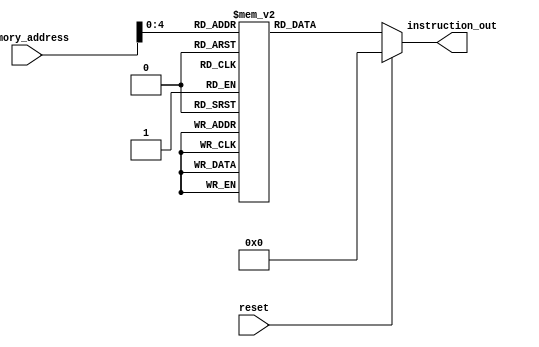
module Instruction_memory #(parameter N=32)(reset,memory_address,instruction_out);
input reset;
input[N-1:0] memory_address;
output reg [N-1:0] instruction_out;

reg [N-1:0] instruction_memory [0:N-1];

 (* RAM_STYLE="BLOCK " *)

 initial begin
    // R-type Instructions
	   //  instruction_memory[0] = 32'b000100_01011_01011_0000000001000010;    // BEQ $t12, $t11, offset
  
	 //instruction_memory[0] = 32'b100011_01001_01000_0000000000000100;    // LW $t8, 4($t9)
   // instruction_memory[1] = 32'b100011_01000_01001_0000000000001000;
    instruction_memory[0] = 32'b000000_01001_01110_01100_00000_100000;  // ADD $t12, $t9, $t14
    instruction_memory[1] = 32'b000000_01100_01111_01101_00000_100010;  // SUB $t13, $t12, $t15
    instruction_memory[2] = 32'b000000_01101_01101_01110_00000_100100;  // MUL $t14, $t13, $t13
    instruction_memory[3] = 32'b000000_01110_01100_01011_00000_100101;  // XOR $t11, $t14, $t12
    instruction_memory[4] = 32'b000000_01010_01101_01111_00000_101010;  // SLT $t15, $t10, $t13
	 //floating point instruction
	 instruction_memory[5] = 32'b010001_01001_00000_00001_00011_100000;  // ADD.s $t3, $t0, $t1
	 instruction_memory[6] = 32'b010001_00010_00000_01001_00111_100010;  // SUB.s $t7, $t2, $t9
	 instruction_memory[7] = 32'b010001_01101_01101_01110_00000_100100;  // MUL.s $t14, $t13, $t13
    // Load Word Instructions
    instruction_memory[8] = 32'b100011_01101_01000_0000000000000100;    // LW $t8, 4($t13)
    instruction_memory[9] = 32'b100011_01100_01001_0000000000001000;    // LW $t9, 8($t12)

    // Store Word Instructions
    instruction_memory[10] = 32'b101011_01011_01010_0000000000001100;    // SW $t10, 12($t11)
    instruction_memory[11] = 32'b101011_01010_01011_0000000000010000;    // SW $t11, 16($t10)

    // Branch Instructions
    instruction_memory[12] = 32'b000100_01100_01011_0000000000000010;    // BEQ $t12, $t11, offset

    // Jump Instructions
    instruction_memory[13] = 32'b000010_00000000000000000000001111;     // J address
	 
	 instruction_memory[14] = 32'b000000_01001_01110_01100_00000_100000;  // ADD $t12, $t9, $t14
    instruction_memory[15] = 32'b000000_01100_01111_01101_00000_100010;  // SUB $t13, $t12, $t15 (dependency on $t12)
       // Load Word Instructions with dependencies
    instruction_memory[16] = 32'b100011_01001_01000_0000000000000100;    // LW $t8, 4($t9)
    instruction_memory[17] = 32'b100011_01000_01001_0000000000001000;    // LW $t9, 8($t8) (dependency on $t8)
	 
	     // Store Word Instructions with dependencies
    instruction_memory[18] = 32'b101011_01100_01001_0000000000001100;    // SW $t9, 12($t12) (dependency on $t12)
    instruction_memory[19] = 32'b101011_01001_01100_0000000000010000;    // SW $t12, 16($t9) (dependency on $t9)
end

always @(*) begin
    if (reset)
        instruction_out <= 0;
    else
        instruction_out <= instruction_memory[memory_address];
end

endmodule